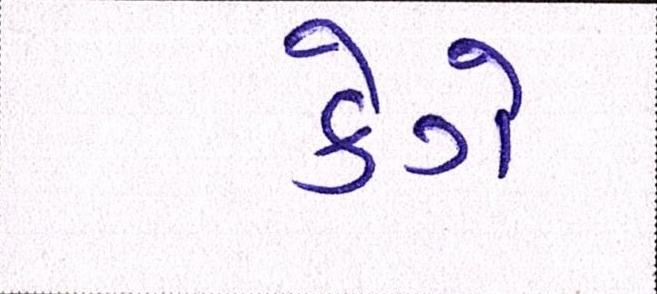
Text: કેગે